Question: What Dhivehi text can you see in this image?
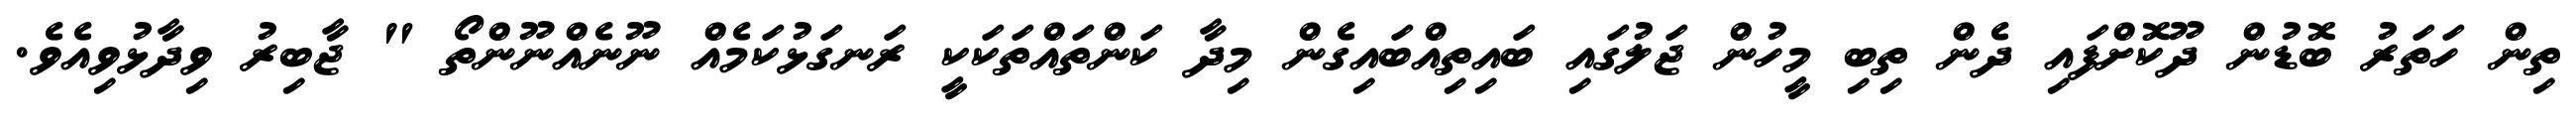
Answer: ތިން ހަތަރު ބޮޑުން ދޫކޮށްފައި ދެން ތިބި މީހުން ޖަލުގައި ބައިތިއްބައިގެން މިދާ ކަންތައްތަކަކީ ރަނގަޅުކަމެއް ނޫނެއްނޫންތޯ " ޖާބިރު ވިދާޅުވިއެވެ.